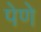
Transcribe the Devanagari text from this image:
पेणे